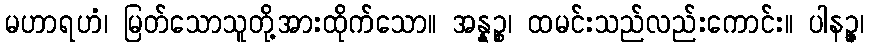
မဟာရဟံ၊ မြတ်သောသူတို့အားထိုက်သော။ အန္နဉ္စ၊ ထမင်းသည်လည်းကောင်း။ ပါနဉ္ဇ၊